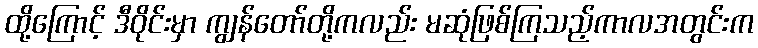
ထို့ကြောင့် ဒီဝိုင်းမှာ ကျွန်တော်တို့ကလည်း မဆုံဖြစ်ကြသည့်ကာလအတွင်းက